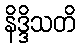
နိဒ္ဒိသတိ